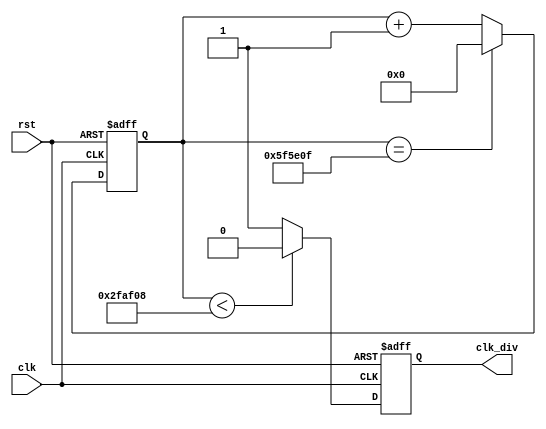
module divider(
  input clk,
  input rst,
  output reg clk_div
);

  reg [25:0] cnt;

  always@(posedge clk or posedge rst) begin
    if (rst) begin
      cnt <= 26'd0;
      clk_div <= 'b0;
    end
    else begin
      if (cnt == 6250000 - 1) cnt <= 26'd0;
      else cnt <= cnt + 1;

      if (cnt < 3125000) clk_div <= 'b0;
      else clk_div <= 'b1;
    end
  end

endmodule